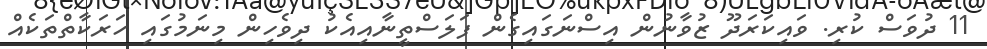
11 ދުވަސް ކުރި. ވައިކަރަދޫ ޒުވާނުން އިސްނަގައިގެން ފަލަސްތީނާއިއެކު ދިވެހިން މިނަމުގައި ހަރަކާތްތަކެއް